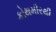
કોથમીરથી